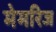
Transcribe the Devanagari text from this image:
मेमरिज